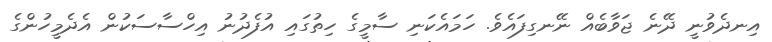
އިނދެވުނީ ދޭނެ ޖަވާބެއް ނޭނގިފައެވެ. ހަމައެކަނި ސާމީގެ ހިތުގައި އުފެދުނު އިހްސާސަކުން އެދެމީހުންގެ